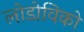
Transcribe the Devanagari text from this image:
लोडोविको